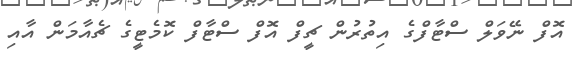
އޮފް ނޭވަލް ސްޓާފްގެ އިތުރުން ޗީފް އޮފް ސްޓާފް ކޮމެޓީގެ ޗެއާމަން އާއި